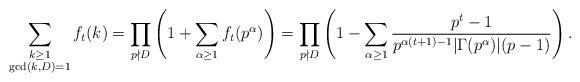
LaTeX: \begin{align*}\sum_{\substack{k\geq1\\ \gcd(k,D)=1}}f_t(k)=\prod_{p\nmid D}\left(1+\sum_{\alpha\ge1}f_t(p^\alpha)\right)=\prod_{p\nmid D}\left(1-\sum_{\alpha\ge1}\frac{p^t-1}{p^{\alpha(t+1)-1}|\Gamma(p^\alpha)|(p-1)}\right).\end{align*}